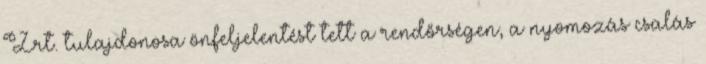
Zrt. tulajdonosa önfeljelentést tett a rendőrségen, a nyomozás csalás